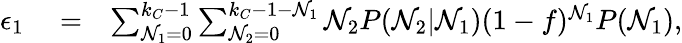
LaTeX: \begin{array}{rlr}{\epsilon_{1}}&{{}=}&{\sum_{\mathcal{N}_{1}=0}^{k_{C}-1}\sum_{\mathcal{N}_{2}=0}^{k_{C}-1-\mathcal{N}_{1}}\mathcal{N}_{2}P(\mathcal{N}_{2}|\mathcal{N}_{1})(1-f)^{\mathcal{N}_{1}}P(\mathcal{N}_{1}),}\end{array}